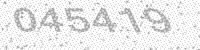
Solution: 045419